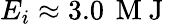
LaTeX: E_{i}\approx 3.0\, \mathrm{~M~J~}